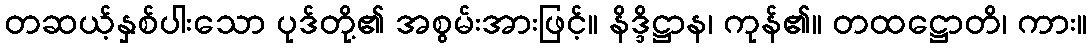
တဆယ့်နှစ်ပါးသော ပုဒ်တို့၏ အစွမ်းအားဖြင့်။ နိဒ္ဒိဋ္ဌာန၊ ကုန်၏။ တထဋ္ဌောတိ၊ ကား။